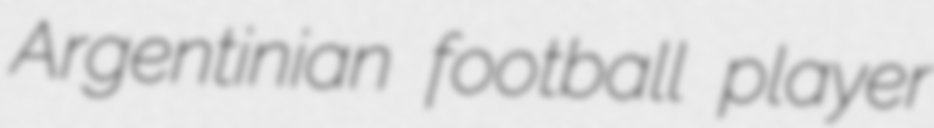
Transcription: Argentinian football player